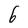
Character: 6